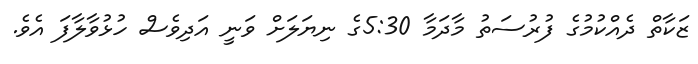
ޒަކާތް ދެއްކުމުގެ ފުރުސަތު މާދަމާ 5:30ގެ ނިޔަލަށް ވަނީ އަދިވެސް ހުޅުވާލާފަ އެވެ.